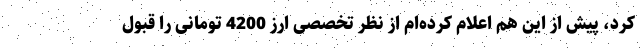
کرد، پیش از این هم اعلام کرده‌ام از نظر تخصصی ارز 4200 تومانی را قبول